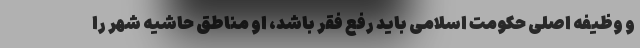
و وظیفه اصلی حکومت اسلامی باید رفع فقر باشد، او مناطق حاشیه شهر را